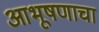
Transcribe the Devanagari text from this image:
आभूषणाचा